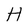
Character: H